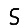
Digit: 5